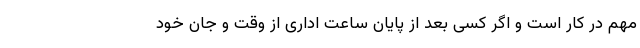
مهم در کار است و اگر کسی بعد از پایان ساعت اداری از وقت و جان خود